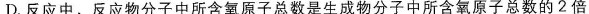
D.反应中。反应物分子中所含氧原子总数是生成物分子中所含氧原子总数的2倍